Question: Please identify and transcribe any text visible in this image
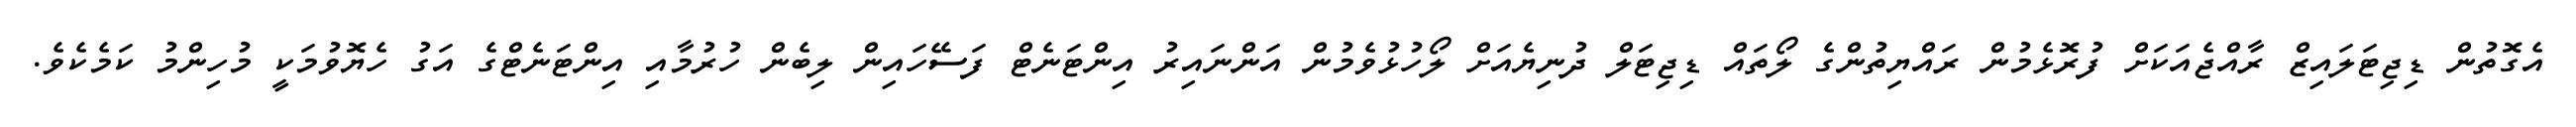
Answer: އެގޮތުން ޑިޖިޓަލައިޒް ރާއްޖެއަކަށް ފުރޮޅެމުން ރައްޔިތުންގެ ލޯތައް ޑިޖިޓަލް ދުނިޔެއަށް ލޯހުޅުވެމުން އަންނައިރު އިންޓަނެޓް ފަސޭހައިން ލިބެން ހުރުމާއި އިންޓަނެޓްގެ އަގު ހެޔޮވުމަކީ މުހިންމު ކަމެކެވެ.